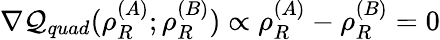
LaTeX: \begin{array}{r}{\nabla\mathcal{Q}_{quad}(\rho_{R}^{(A)};\rho_{R}^{(B)})\propto\rho_{R}^{(A)}-\rho_{R}^{(B)}=0}\end{array}